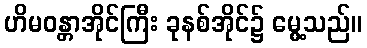
ဟိမဝန္တာအိုင်ကြီး ခုနစ်အိုင်၌ မွေ့သည်။